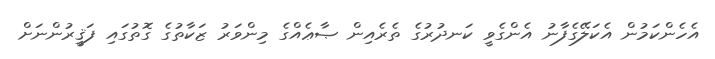
އެހެންކަމުން އެކަލޭގެފާނު އެންގެވީ ކަނދުރުގެ ތެރެއިން ޞާޢެއްގެ މިންވަރު ޒަކާތުގެ ގޮތުގައި ފަޤީރުންނަށް